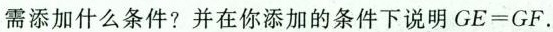
需添加什么条件?并在你添加的条件下说明GE=GF.